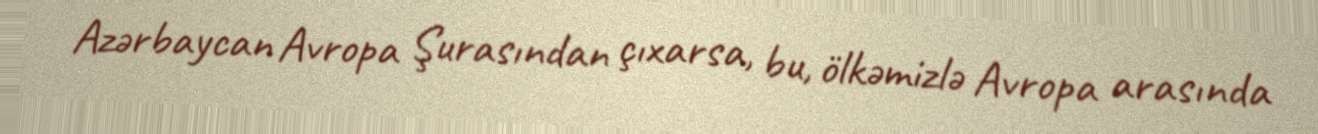
Azərbaycan Avropa Şurasından çıxarsa, bu, ölkəmizlə Avropa arasında